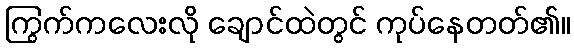
ကြွက်ကလေးလို ချောင်ထဲတွင် ကုပ်နေတတ်၏။